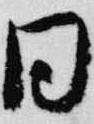
同